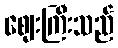
ဈေးကြီးသည်